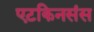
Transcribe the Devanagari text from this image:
एटकिनसंस